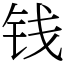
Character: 钱